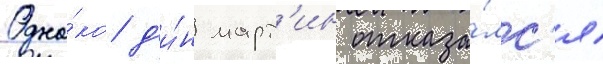
Одна́ко д'и́н март'ин отказа́лс'я